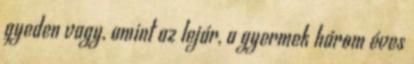
gyeden vagy, amint az lejár, a gyermek három éves